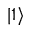
| 1 \rangle